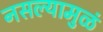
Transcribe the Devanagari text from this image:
नसल्यामुळं